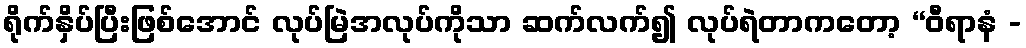
ရိုက်နှိပ်ပြီးဖြစ်အောင် လုပ်မြဲအလုပ်ကိုသာ ဆက်လက်၍ လုပ်ရဲတာကတော့ “ဝီရာနံ -